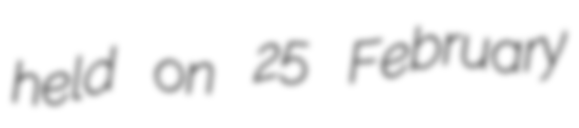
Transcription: held on 25 February